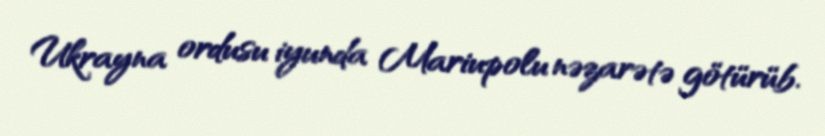
Ukrayna ordusu iyunda Mariupolu nəzarətə götürüb.